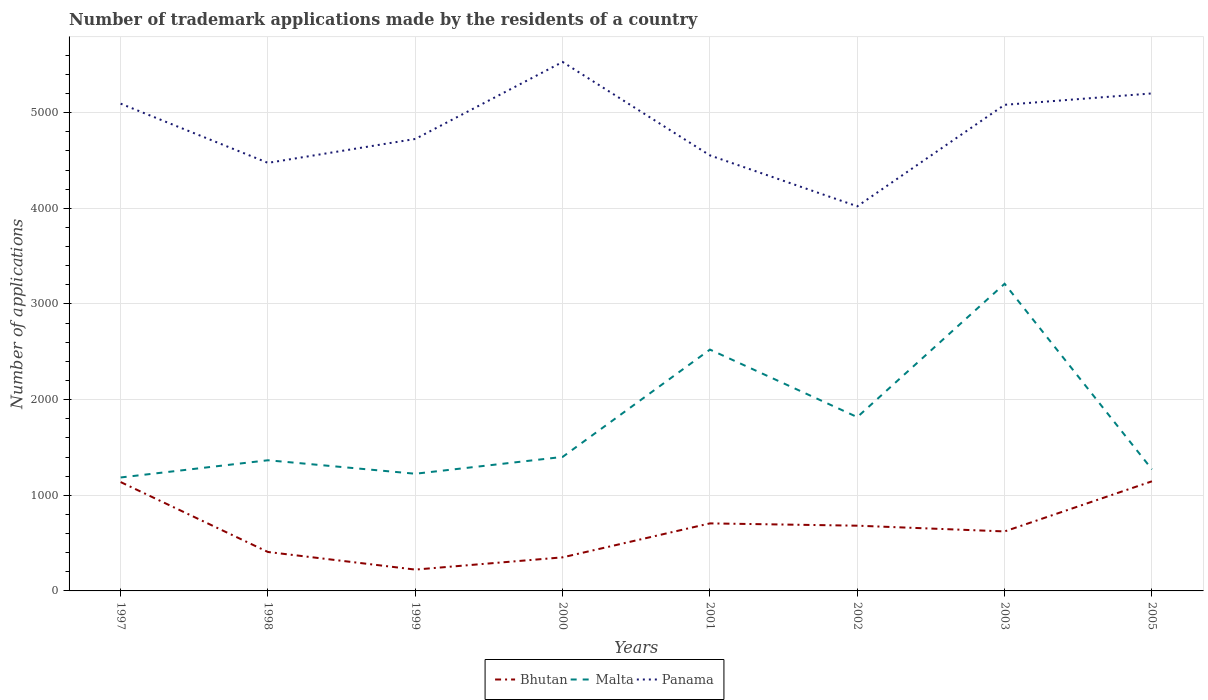
| Years | Bhutan | Malta | Panama |
 | --- | --- | --- | --- |
 | 1997 | 1.14e+03 | 1.19e+03 | 5.09e+03 |
 | 1998 | 407 | 1.37e+03 | 4.48e+03 |
 | 1999 | 223 | 1.22e+03 | 4.72e+03 |
 | 2000 | 351 | 1.4e+03 | 5.53e+03 |
 | 2001 | 706 | 2.52e+03 | 4.55e+03 |
 | 2002 | 682 | 1.82e+03 | 4.02e+03 |
 | 2003 | 622 | 3.21e+03 | 5.08e+03 |
 | 2005 | 1.15e+03 | 1.27e+03 | 5.2e+03 |